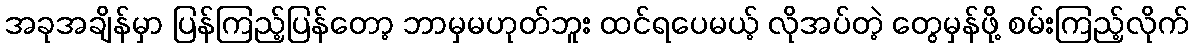
အခုအချိန်မှာ ပြန်ကြည့်ပြန်တော့ ဘာမှမဟုတ်ဘူး ထင်ရပေမယ့် လိုအပ်တဲ့ တွေမှန်ဖို့ စမ်းကြည့်လိုက်